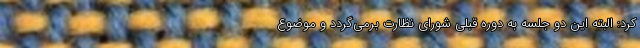
کرد: البته این دو جلسه به دوره قبلی شورای نظارت برمی‌گردد و موضوع